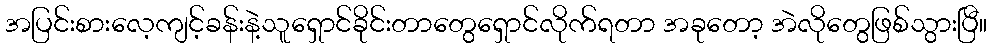
အပြင်းစားလေ့ကျင့်ခန်းနဲ့သူရှောင်ခိုင်းတာတွေရှောင်လိုက်ရတာ အခုတော့ အဲလိုတွေဖြစ်သွားပြီ။